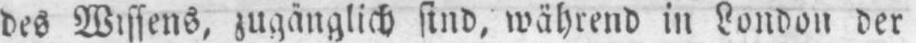
des Wissens, zugänglich sind, während in London der